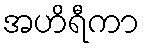
အဟိရီကာ